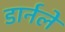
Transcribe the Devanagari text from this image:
डार्नले